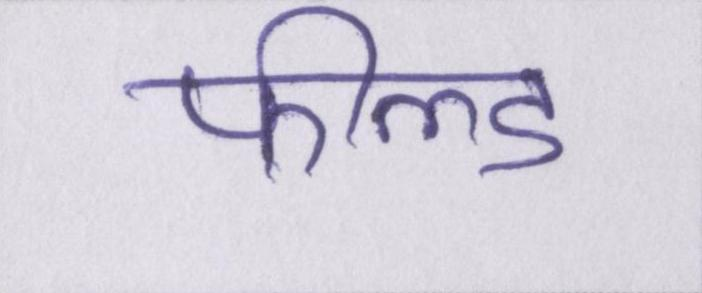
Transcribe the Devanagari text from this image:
फील्ड